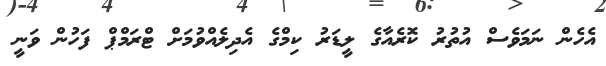
އެހެން ނަމަވެސް އުތުރު ކޮރެއާގެ ލީޑަރު ކިމްގެ އެދިލެއްވުމަށް ޓްރަމްޕް ފަހުން ވަނީ